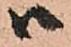
ハ